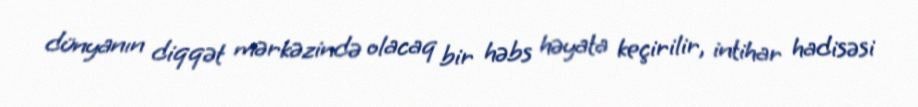
dünyanın diqqət mərkəzində olacaq bir həbs həyata keçirilir, intihar hadisəsi